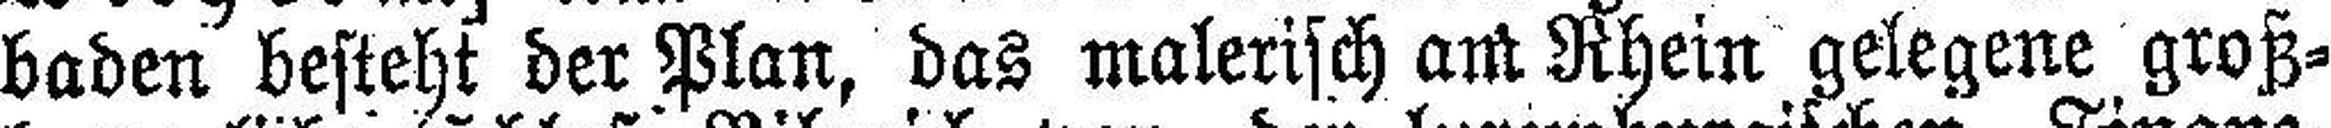
baden besteht der Plan, das malerisch ant Rhein gelegene groß¬